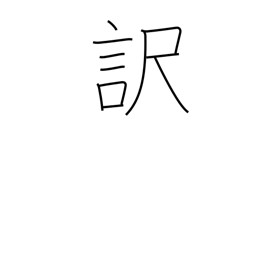
Meaning: reason